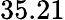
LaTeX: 35.21